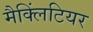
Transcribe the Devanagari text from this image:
मैक्लिंटियर